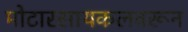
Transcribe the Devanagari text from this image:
मोटारसायकलवरून